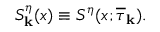
S _ { \bf k } ^ { \eta } ( x ) \equiv S ^ { \eta } ( x ; \overline { { \tau } } _ { \bf k } ) .